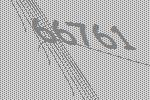
66761